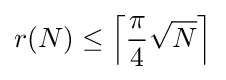
r(N)\leq {\Big \lceil }{\frac {\pi }{4}}{\sqrt {N}}{\Big \rceil }